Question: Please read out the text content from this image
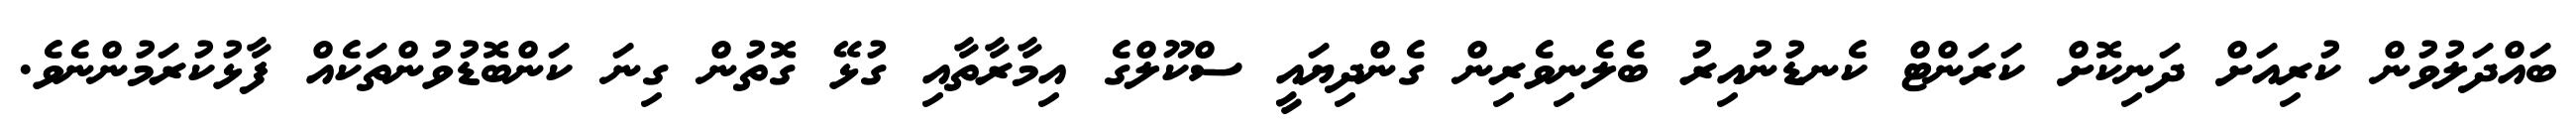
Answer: ބައްދަލުވުން ކުރިއަށް ދަނިކޮށް ކަރަންޓް ކެނޑުނުއިރު ބެލެނިވެރިން ގެންދިޔައީ ސްކޫލްގެ އިމާރާތާއި ގުޅޭ ގޮތުން ގިނަ ކަންބޮޑުވުންތަކެއް ފާޅުކުރަމުންނެވެ.